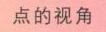
点的视角